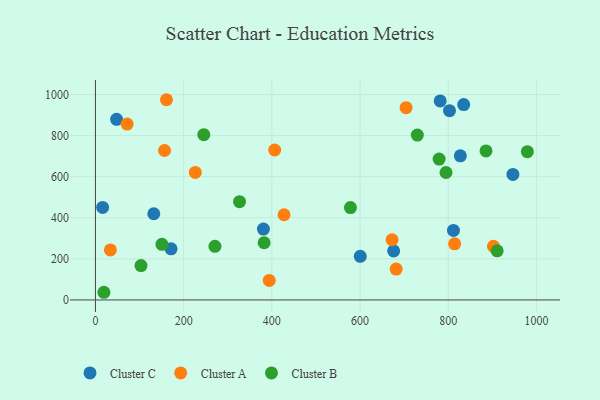
{"axis": {"x": "Experience", "y": "Yield"}, "legend": ["Cluster A", "Cluster B", "Cluster C"], "data": [{"x": "802.8", "y": 921.5, "type": "Cluster C"}, {"x": "48.0", "y": 879.2, "type": "Cluster C"}, {"x": "171.5", "y": 248.6, "type": "Cluster C"}, {"x": "946.6", "y": 610.8, "type": "Cluster C"}, {"x": "811.8", "y": 338.2, "type": "Cluster C"}, {"x": "835.0", "y": 951.2, "type": "Cluster C"}, {"x": "600.5", "y": 212.3, "type": "Cluster C"}, {"x": "132.3", "y": 419.6, "type": "Cluster C"}, {"x": "827.4", "y": 701.7, "type": "Cluster C"}, {"x": "676.2", "y": 238.4, "type": "Cluster C"}, {"x": "781.7", "y": 968.8, "type": "Cluster C"}, {"x": "16.3", "y": 450.2, "type": "Cluster C"}, {"x": "380.9", "y": 344.8, "type": "Cluster C"}, {"x": "226.4", "y": 620.6, "type": "Cluster A"}, {"x": "427.6", "y": 414.6, "type": "Cluster A"}, {"x": "33.9", "y": 243.5, "type": "Cluster A"}, {"x": "161.1", "y": 974.6, "type": "Cluster A"}, {"x": "704.4", "y": 936.1, "type": "Cluster A"}, {"x": "71.8", "y": 856.2, "type": "Cluster A"}, {"x": "394.1", "y": 94.8, "type": "Cluster A"}, {"x": "681.9", "y": 150.0, "type": "Cluster A"}, {"x": "814.5", "y": 273.3, "type": "Cluster A"}, {"x": "156.7", "y": 727.5, "type": "Cluster A"}, {"x": "672.6", "y": 293.0, "type": "Cluster A"}, {"x": "406.4", "y": 729.8, "type": "Cluster A"}, {"x": "902.5", "y": 261.0, "type": "Cluster A"}, {"x": "578.2", "y": 449.6, "type": "Cluster B"}, {"x": "245.7", "y": 804.3, "type": "Cluster B"}, {"x": "19.2", "y": 37.3, "type": "Cluster B"}, {"x": "910.9", "y": 238.9, "type": "Cluster B"}, {"x": "326.7", "y": 478.1, "type": "Cluster B"}, {"x": "885.6", "y": 725.6, "type": "Cluster B"}, {"x": "150.8", "y": 270.9, "type": "Cluster B"}, {"x": "979.4", "y": 721.9, "type": "Cluster B"}, {"x": "729.8", "y": 802.3, "type": "Cluster B"}, {"x": "103.3", "y": 167.2, "type": "Cluster B"}, {"x": "382.5", "y": 278.3, "type": "Cluster B"}, {"x": "271.0", "y": 260.8, "type": "Cluster B"}, {"x": "794.9", "y": 620.3, "type": "Cluster B"}, {"x": "779.3", "y": 685.7, "type": "Cluster B"}]}